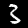
Digit: 3